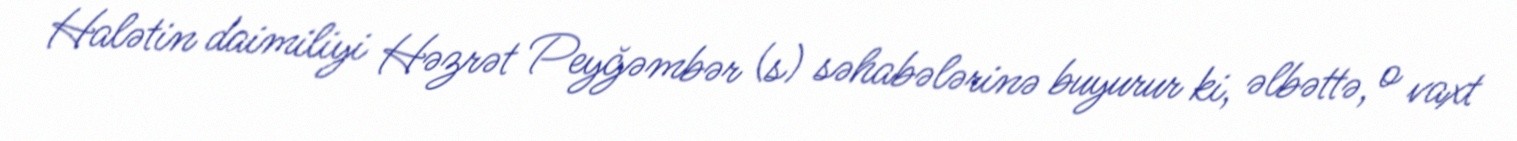
Halətin daimiliyi Həzrət Peyğəmbər (s) səhabələrinə buyurur ki, əlbəttə, o vaxt